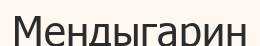
Мендыгарин